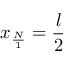
x _ { \frac { N } { 1 } } = \frac { l } { 2 }